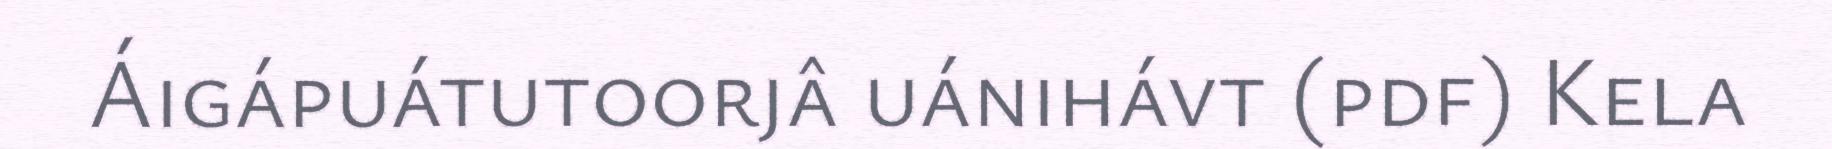
Áigápuátutoorjâ uánihávt (pdf) Kela